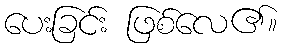
ပေးခြင်း ဖြစ်လေ၏။